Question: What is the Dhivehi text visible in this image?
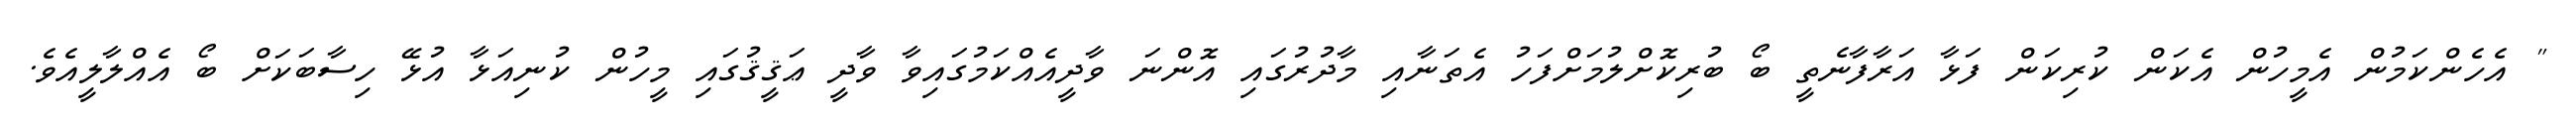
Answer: " އެހެންކަމުން އެމީހުން އެކަން ކުރިކަން ފަޅާ އަރާފާނެތީ ބޯ ބުރިކޮށްލުމަށްފަހު އެތަނާއި މާދުރުގައި އޮންނަ ވާދީއެއްކަމުގައިވާ ވާދީ ޢަޤީޤުގައި މީހުން ކުނިއަޅާ އުޅޭ ހިސާބަކަށް ބޯ އެއްލާލީއެވެ.